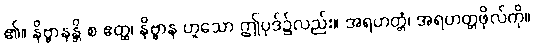
၏။ နိဗ္ဗာနန္တိ စ ဧတ္ထ၊ နိဗ္ဗာန ဟူသော ဤပုဒ်၌လည်း။ အရဟတ္တံ၊ အရဟတ္တဖိုလ်ကို။